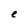
Character: e